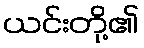
ယင်းတို့၏